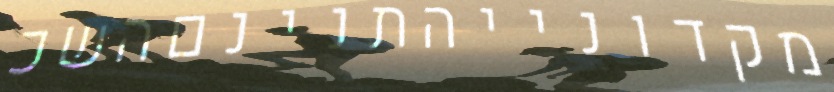
מקדונייהתנינםהשכ